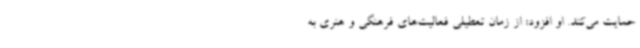
حمایت می‌کند. او افزود: از زمان تعطیلی فعالیت‌های فرهنگی و هنری به